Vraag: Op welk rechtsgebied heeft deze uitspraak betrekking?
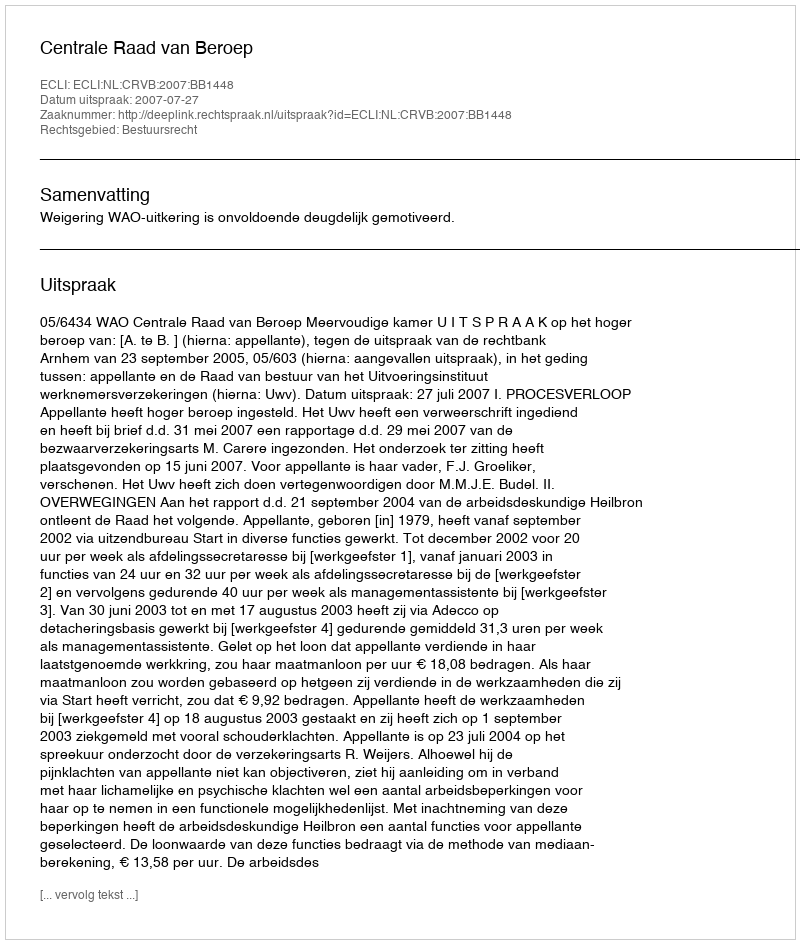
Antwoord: Bestuursrecht